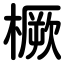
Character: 橛